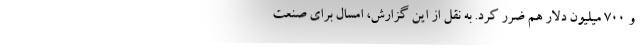
و ۷۰۰ میلیون دلار هم ضرر کرد. به نقل از این گزارش، امسال برای صنعت